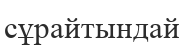
сұрайтындай